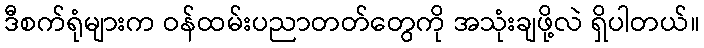
ဒီစက်ရုံများက ဝန်ထမ်းပညာတတ်တွေကို အသုံးချဖို့လဲ ရှိပါတယ်။